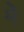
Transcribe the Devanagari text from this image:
मेॆ